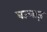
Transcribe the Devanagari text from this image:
बज्लाज़